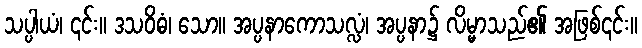
သပ္ပါယံ၊ ၎င်း။ ဒသဝိဓံ၊ သော။ အပ္ပနာကောသလ္လံ၊ အပ္ပနာ၌ လိမ္မာသည်၏ အဖြစ်၎င်း။